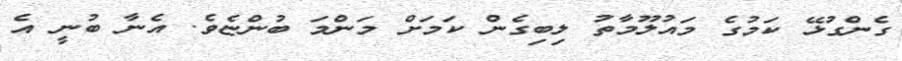
ގެންގުޅޭ ކަމުގެ މައުލޫމާތު ލިބިގެން ކަމަށް މަންމަ ބުންޏެވެ. އެނާ ބުނީ އެ